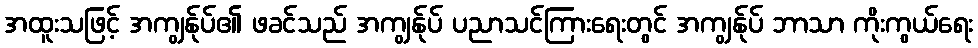
အထူးသဖြင့် အကျွန်ုပ်၏ ဖခင်သည် အကျွန်ုပ် ပညာသင်ကြားရေးတွင် အကျွန်ုပ် ဘာသာ ကိုးကွယ်ရေး